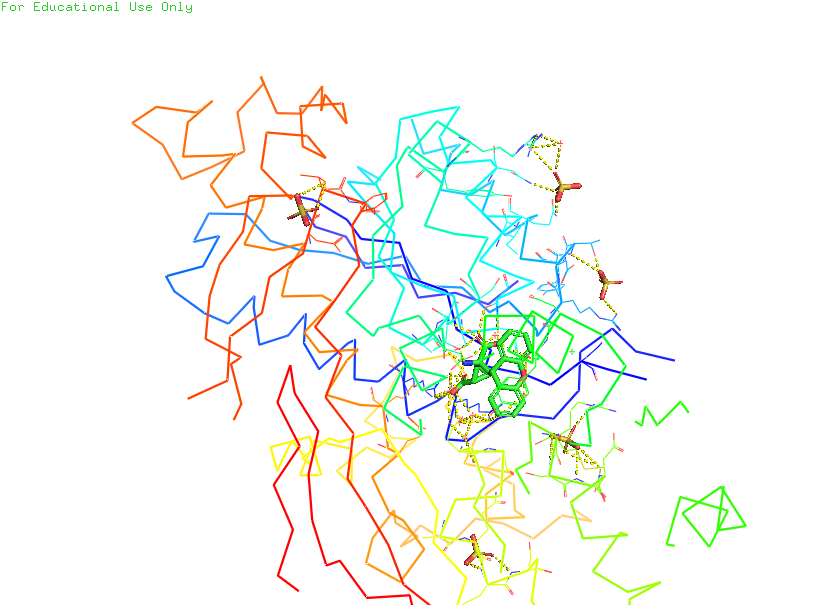
pymol, preset, ligands